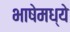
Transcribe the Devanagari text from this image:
भाषेमध्‍ये